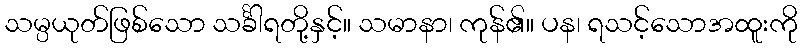
သမ္ပယုတ်ဖြစ်သော သင်္ခါရတို့နှင့်။ သမာနာ၊ ကုန်၏။ ပန၊ ရသင့်သောအထူးကို